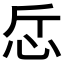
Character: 𢗹